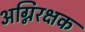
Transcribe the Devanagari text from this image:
अग्निरक्षक